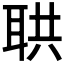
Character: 𦕠